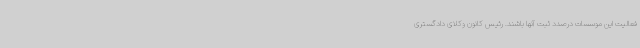
فعالیت این موسسات درصدد ثبت آنها باشند. رئیس کانون وکلای دادگستری